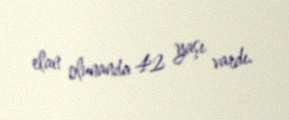
elan olunanda 42 yaşı vardı.